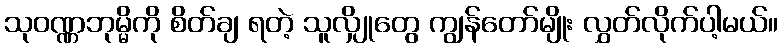
သုဝဏ္ဏဘုမ္မိကို စိတ်ချ ရတဲ့ သူလျှိုတွေ ကျွန်တော်မျိုး လွှတ်လိုက်ပါ့မယ်။